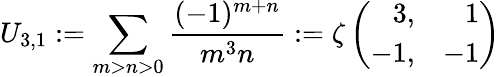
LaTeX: U_{3,1}:=\sum_{m>n>0}\frac{(-1)^{m+n}}{m^{3}n}:=\zeta\left(\begin{array}{rr}{{3,}}&{{1}}\\ {{-1,}}&{{-1}}\end{array}\right)